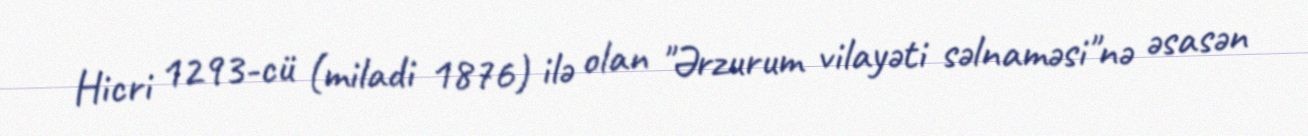
Hicri 1293-cü (miladi 1876) ilə olan "Ərzurum vilayəti səlnaməsi"nə əsasən